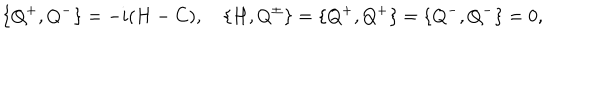
\{ Q ^ { + } , Q ^ { - } \} = - i ( H - C ) , \quad \{ H , Q ^ { \pm } \} = \{ Q ^ { + } , Q ^ { + } \} = \{ Q ^ { - } , Q ^ { - } \} = 0 ,